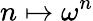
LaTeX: n\mapsto\omega^{n}